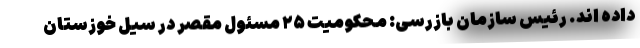
داده اند. رئیس سازمان بازرسی: محکومیت ۲۵ مسئول مقصر در سیل خوزستان